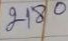
2180